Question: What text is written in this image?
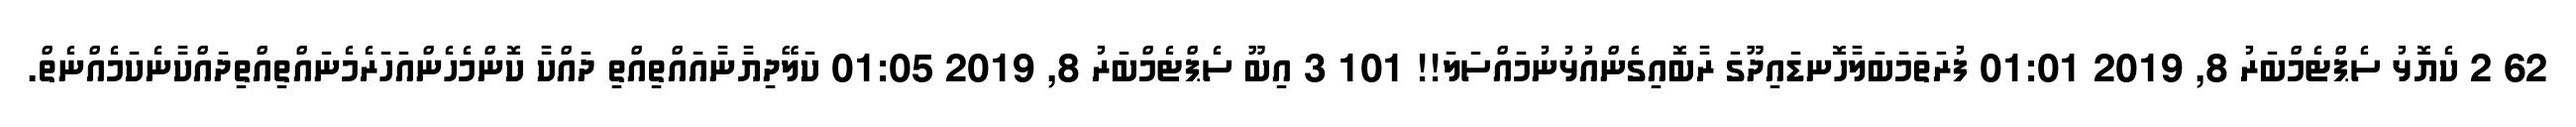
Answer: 62 2 ކެޔޮޅު ސެޕްޓެމްބަރު 8, 2019 01:01 ފުރަތަމަބަލާހޮނޑައިދޫގަ ރާބޮއިގެންއުޅުނުމައްސަލަ!! 101 3 އިބޫ ސެޕްޓެމްބަރު 8, 2019 01:05 ކަލޭދިޔާނާއައްތިއްތި ދައްކާ ކޮންމެހެންއަހަރެމެނައްތިއްތިދައްކާނެކަމެއްނެތް.